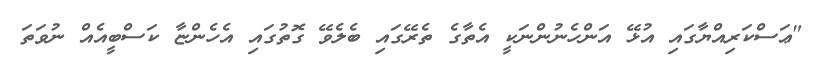
"ޢަސްކަރިއްޔާގައި އުޅޭ އަންހެނުންނަކީ އެތާގެ ތެރޭގައި ބެލެވޭ ގޮތުގައި އެހެންޏާ ކަސްބީއެއް ނުވަތަ